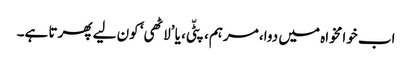
اب خوامخواہ میں دوا، مرہم، پٹّی، یا ’لاٹھی‘ کون لیے پھرتا ہے۔